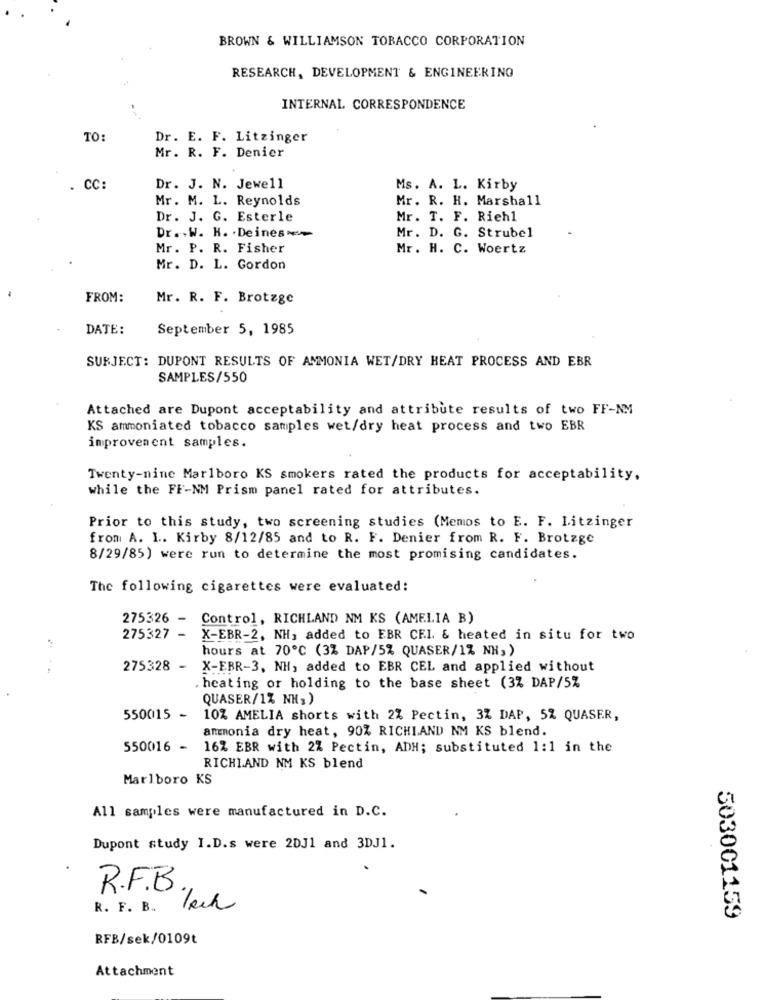
BROWN & WILLIAMSON TOBACCO CORPORATION
RESEARCH, DEVELOPMENT & ENGINEERING
INTERNAL CORRESPONDENCE
TO:
Dr. E. F. Litzinger
Mr. R. F. Denier
. CC:
Dr. J. N. Jewell
Ms. A. L. Kirby
Mr. M. L. Reynolds
Mr. R. H. Marshall
Dr. J. G. Esterle
Mr. T. F. Riehl
Dr .. W. H. · Deines --
Mr. D. G. Strubel
Mr. P. R. Fisher
Mr. H. C. Woertz
Mr. D. L. Gordon
FROM:
Mr. R. F. Brotzge
DATE:
September 5, 1985
SUBJECT: DUPONT RESULTS OF AMMONIA WET/DRY HEAT PROCESS AND EBR
SAMPLES/550
Attached are Dupont acceptability and attribute results of two FF-NM
KS ammoniated tobacco samples wet/dry heat process and two EBR
improvement samples.
Twenty-nine Marlboro KS smokers rated the products for acceptability,
while the FF-NM Prism panel rated for attributes.
Prior to this study, two screening studies (Memos to E. F. Litzinger
from A. L. Kirby 8/12/85 and to R. F. Denier from R. F. Brotzge
8/29/85) were run to determine the most promising candidates.
The following cigarettes were evaluated:
275326 -
Control, RICHLAND NM KS (AMELIA B)
275327 -
X-EBR-2, NH, added to EBR CEL & heated in situ for two
hours at 70℃ (3% DAP/5% QUASER/1% NH,)
275328 -
X-EBR-3, NH, added to EBR CEL and applied without
. heating or holding to the base sheet (3% DAP/5%
QUASER/1% NH;)
550015 -
10% AMELIA shorts with 2% Pectin, 3Z DAP, 5% QUASER,
ammonia dry heat, 90% RICHLAND NM KS blend.
550016 -
16% EBR with 2% Pectin, ADH; substituted 1:1 in the
RICHLAND NM KS blend
Marlboro KS
All samples were manufactured in D.C.
Dupont study I.D.s were 2DJ1 and 3DJ1.
R.F.B
R. F. B ..
lach
503001159
RFB/sek/0109t
Attachment